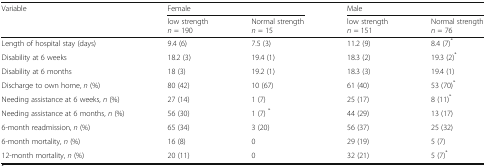
| Variable | <COLSPAN=2> Female | <COLSPAN=2> Male |
 |  | low strengthn = 190 | Normal strengthn = 15 | low strengthn = 151 | Normal strengthn = 76 |
 | --- | --- | --- | --- | --- |
 | Length of hospital stay (days) | 9.4 (6) | 7.5 (3) | 11.2 (9) | 8.4 (7)* |
 | Disability at 6 weeks | 18.2 (3) | 19.4 (1) | 18.3 (2) | 19.3 (2)* |
 | Disability at 6 months | 18 (3) | 19.2 (1) | 18.3 (3) | 19.4 (1) |
 | Discharge to own home, n (%) | 80 (42) | 10 (67) | 61 (40) | 53 (70)* |
 | Needing assistance at 6 weeks, n (%) | 27 (14) | 1 (7) | 25 (17) | 8 (11)* |
 | Needing assistance at 6 months, n (%) | 56 (30) | 1 (7) * | 44 (29) | 13 (17) |
 | 6-month readmission, n (%) | 65 (34) | 3 (20) | 56 (37) | 25 (32) |
 | 6-month mortality, n (%) | 16 (8) | 0 | 29 (19) | 5 (7) |
 | 12-month mortality, n (%) | 20 (11) | 0 | 32 (21) | 5 (7)* |